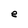
Character: e